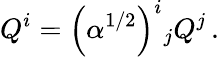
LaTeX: Q^{i}=\left(\alpha^{1/2}\right)^{i}{}_{j}Q^{j}\, .